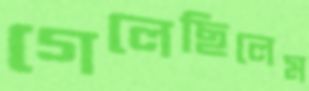
গেলেছিলেম